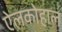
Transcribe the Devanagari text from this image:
ऐलकोहाल